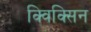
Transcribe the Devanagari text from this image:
क्विक्सिन